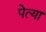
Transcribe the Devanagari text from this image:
पेत्या